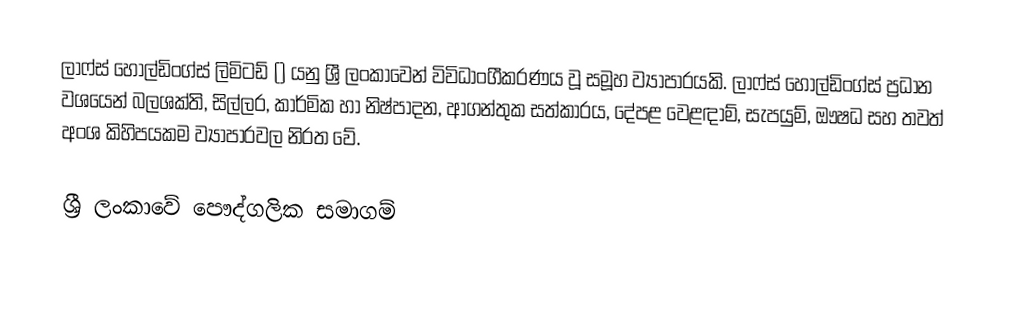
ලාෆ්ස් හෝල්ඩිංග්ස් ලිමිටඩ් () යනු ශ්‍රී ලංකාවෙන් විවිධාංගීකරණය වූ සමූහ ව්‍යාපාරයකි. ලාෆ්ස් හෝල්ඩිංග්ස් ප්‍රධාන වශයෙන් බලශක්ති, සිල්ලර, කාර්මික හා නිෂ්පාදන, ආගන්තුක සත්කාරය, දේපළ වෙළඳාම්, සැපයුම්, ඖෂධ සහ තවත් අංශ කිහිපයකම ව්‍යාපාරවල නිරත වේ.

ශ්‍රී ලංකාවේ පෞද්ගලික සමාගම්